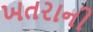
ખતરાની